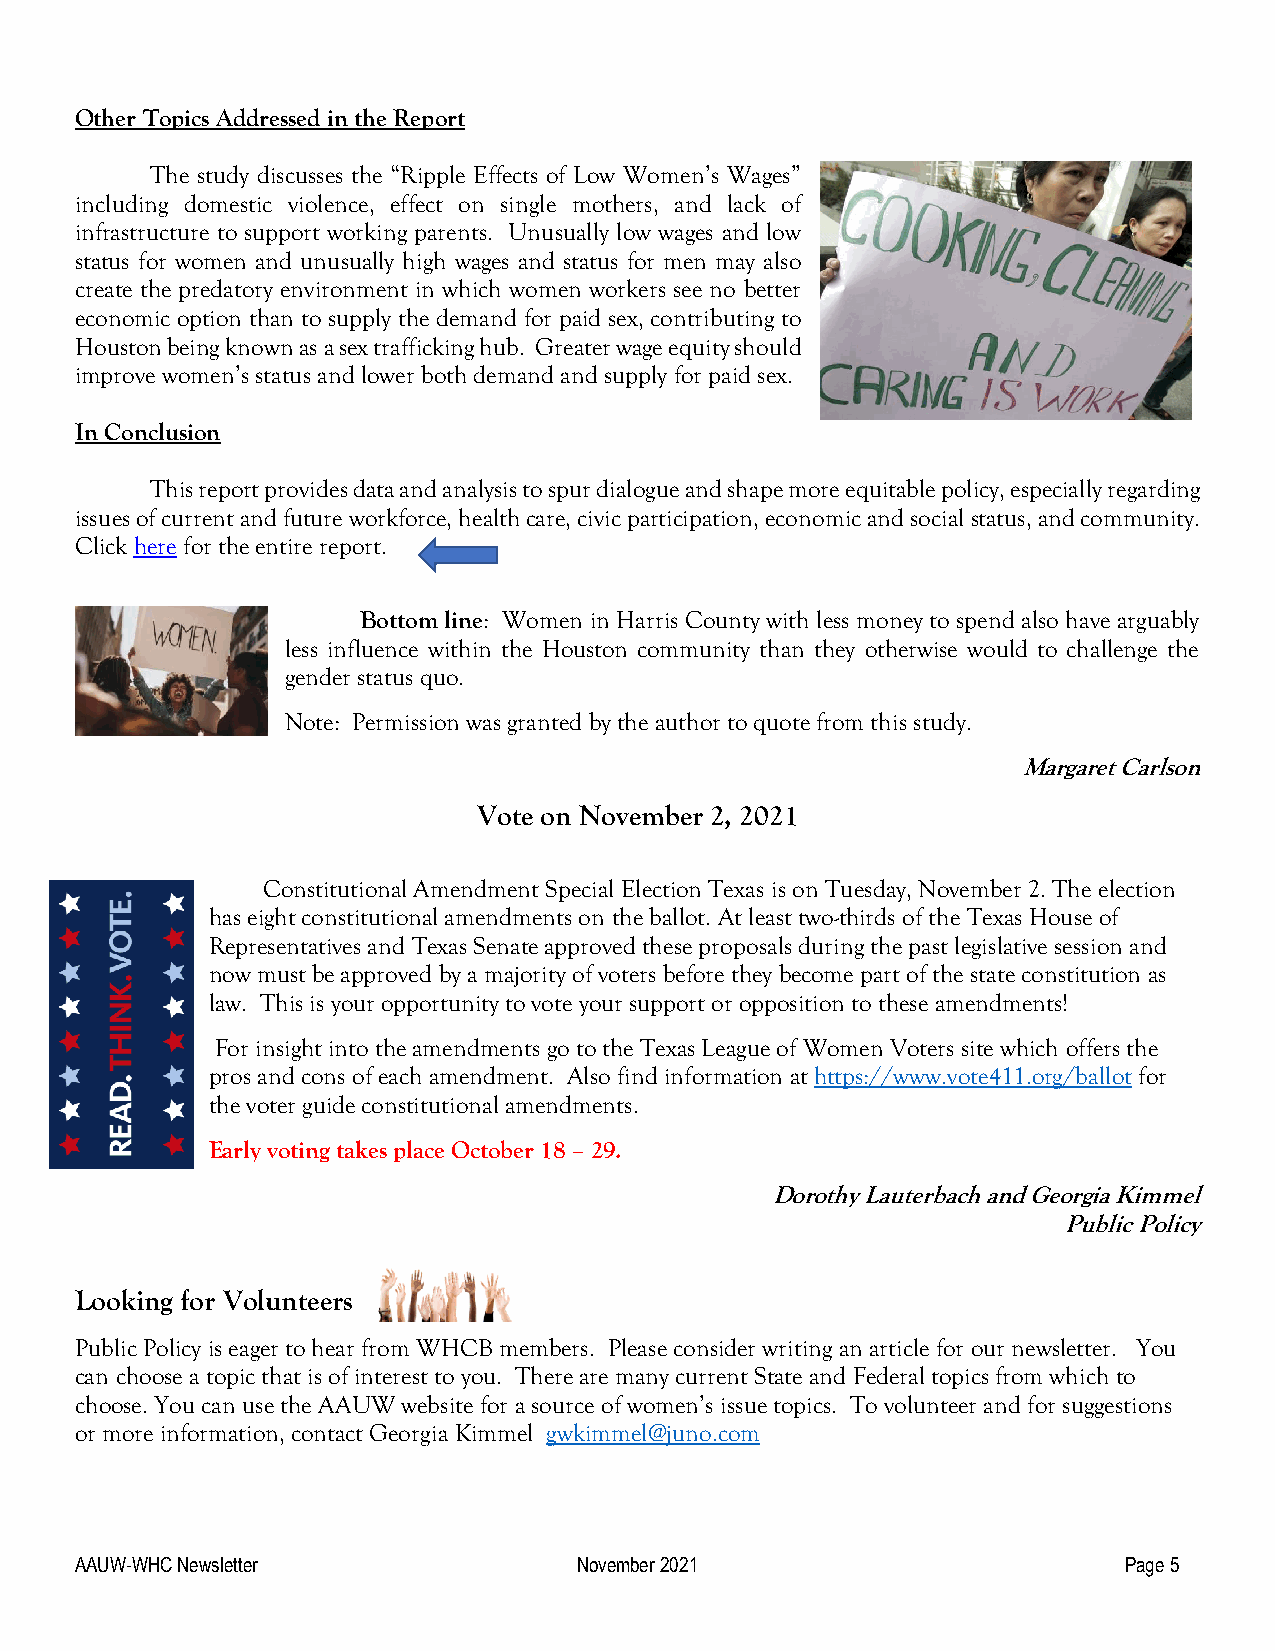
Other Topics Addressed in the Report
 The study discusses the “Ripple Effects of Low Women’s Wages”
 including domestic violence, effect on single mothers, and lack of
 infrastructure to support working parents. Unusually low wages and low
 status for women and unusually high wages and status for men may also
 create the predatory environment in which women workers see no better
 economic option than to supply the demand for paid sex, contributing to
 Houston being known as a sex trafficking hub. Greater wage equity should
 improve women’s status and lower both demand and supply for paid sex.
 In Conclusion
 This report provides data and analysis to spur dialogue and shape more equitable policy, especially regarding
 issues of current and future workforce, health care, civic participation, economic and social status, and community.
 Click here for the entire report.
 Bottom line: Women in Harris County with less money to spend also have arguably
 less influence within the Houston community than they otherwise would to challenge the
 gender status quo.
 Note: Permission was granted by the author to quote from this study.
 Margaret Carlson
 Vote on November 2, 2021
 Constitutional Amendment Special Election Texas is on Tuesday, November 2. The election
 has eight constitutional amendments on the ballot. At least two-thirds of the Texas House of
 Representatives and Texas Senate approved these proposals during the past legislative session and
 now must be approved by a majority of voters before they become part of the state constitution as
 law. This is your opportunity to vote your support or opposition to these amendments!
 For insight into the amendments go to the Texas League of Women Voters site which offers the
 pros and cons of each amendment. Also find information at https://www.vote411.org/ballot for
 the voter guide constitutional amendments.
 Early voting takes place October 18 – 29.
 Dorothy Lauterbach and Georgia Kimmel
 Public Policy
 Looking for Volunteers
 Public Policy is eager to hear from WHCB members. Please consider writing an article for our newsletter. You
 can choose a topic that is of interest to you. There are many current State and Federal topics from which to
 choose. You can use the AAUW website for a source of women’s issue topics. To volunteer and for suggestions
 or more information, contact Georgia Kimmel gwkimmel@juno.com
 AAUW-WHC Newsletter              November 2021                       Page 5